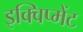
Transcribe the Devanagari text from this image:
इक्विप्मेंट